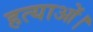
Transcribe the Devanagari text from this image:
हत्याओं।